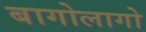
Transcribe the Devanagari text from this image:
बागोलागो